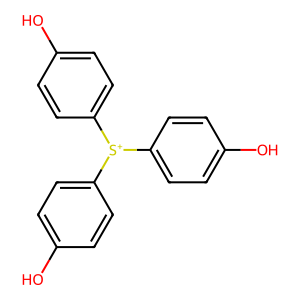
SMILES: Oc1ccc([S+](c2ccc(O)cc2)c2ccc(O)cc2)cc1
Inhibits HIV replication: No